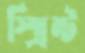
স্প্রিন্ট